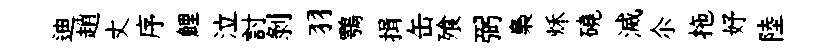
迪趙丈序鯉泣討剝羽鶚揖缶飱弼梟秌磽滅尒拖妤陸